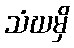
သံဃမှိ